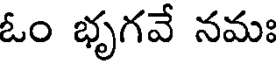
ఓం భృగవే నమః